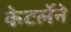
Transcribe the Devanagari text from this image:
केटर्लेने